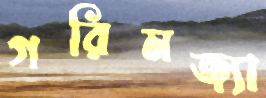
গরিমজ্যা